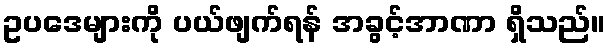
ဥပဒေများကို ပယ်ဖျက်ရန် အခွင့်အာဏာ ရှိသည်။